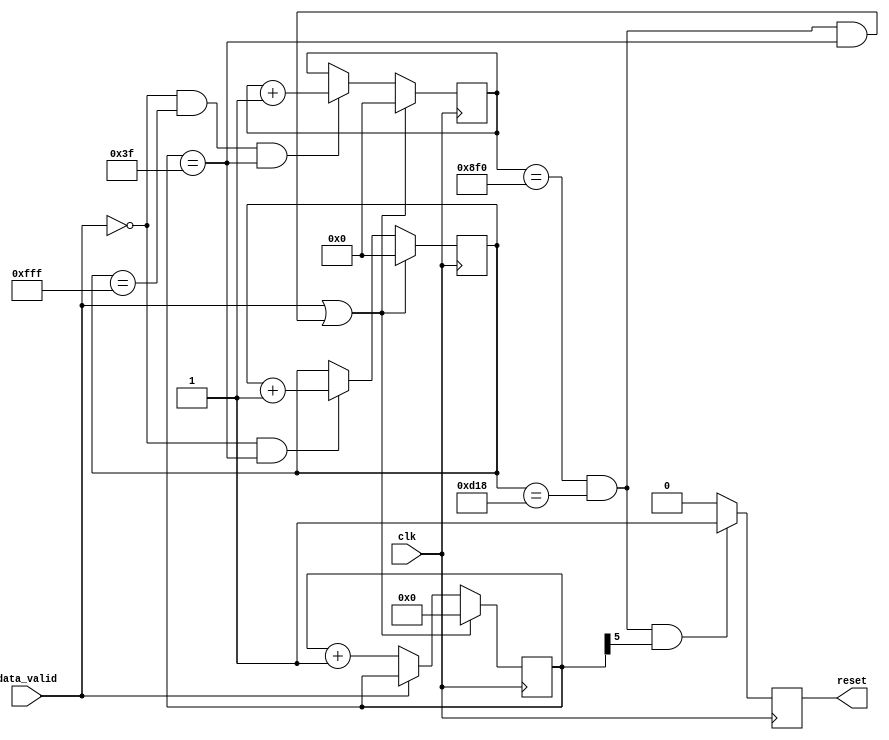
module gig_ethernet_pcs_pma_0_reset_wtd_timer #
  (
    parameter  WAIT_TIME = 24'H8F0D18
  )
  (
    input      clk,               // Input clock
    input      data_valid,        // Indication that data is received
    output reg reset              // Reset on timer timeout
  );



   reg  [5:0]   counter_stg1 = 6'd0;
   reg  [11:0]  counter_stg2 = 12'd0;
   reg  [11:0]  counter_stg3 = 12'd0;
   wire         counter_stg1_roll;
   wire         counter_stg2_roll;
   wire         timer_reset;
   wire         three_sec_timeout;

   always @(posedge clk)
   begin
       if ((data_valid == 1'b1) || (timer_reset == 1'b1)) begin
           counter_stg1 <= 6'b000000;
       end
       else begin
           if (data_valid == 1'b0) begin
               counter_stg1 <= counter_stg1 + 6'b000001;
           end
       end
   end
   
   assign counter_stg1_roll = (counter_stg1 == 6'b111111);

   always @(posedge clk)
   begin
       if ((data_valid == 1'b1) || (timer_reset == 1'b1)) begin
           counter_stg2 <= 12'b000000000000;
       end
       else begin
           if ((data_valid == 1'b0) & (counter_stg1_roll == 1'b1)) begin
               counter_stg2 <= counter_stg2 + 12'b000000000001;
           end
       end
   end

   assign counter_stg2_roll = (counter_stg2 == 12'b111111111111);

   always @(posedge clk)
   begin
       if ((data_valid == 1'b1) || (timer_reset == 1'b1)) begin
           counter_stg3 <= 12'b000000000000;
       end
       else begin
           if ((data_valid == 1'b0) & (counter_stg2_roll == 1'b1) & (counter_stg1_roll == 1'b1)) begin
               counter_stg3 <= counter_stg3 + 12'b000000000001;
           end
       end
   end


   assign three_sec_timeout = ((counter_stg3 == WAIT_TIME[23:12]) & (counter_stg2 == WAIT_TIME[11:0]));
   assign timer_reset = ((counter_stg3 == WAIT_TIME[23:12]) & (counter_stg2 == WAIT_TIME[11:0]) & (counter_stg1 == 6'H3F));

   always @(posedge clk)
   begin
       if ((three_sec_timeout == 1'b1) & (counter_stg1[5] == 1'b1)) begin
           reset <= 1'b1;
       end
       else begin
           reset <= 1'b0;
       end
   end

endmodule